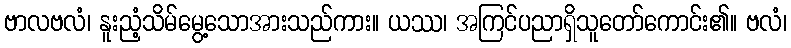
ဗာလဗလံ၊ နူးညံ့သိမ်မွေ့သောအားသည်ကား။ ယဿ၊ အကြင်ပညာရှိသူတော်ကောင်း၏။ ဗလံ၊